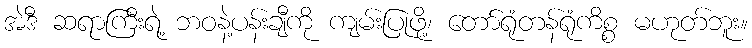
အဲဒီ ဆရာကြီးရဲ့ ဘဝနဲ့ပန်းချီကို ကျမ်းပြုဖို့၊ တော်ရုံတန်ရုံကိစ္စ မဟုတ်ဘူး။